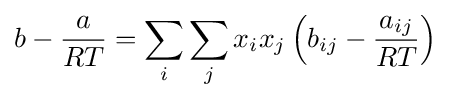
b-{\frac {a}{RT}}=\sum _{i}\sum _{j}x_{i}x_{j}\left(b_{ij}-{\frac {a_{ij}}{RT}}\right)